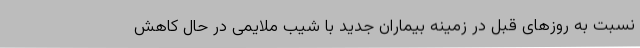
نسبت به روزهای قبل در زمینه بیماران جدید با شیب ملایمی در حال کاهش